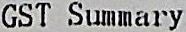
GST SUMMARY